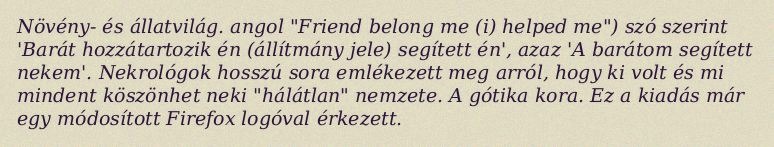
Növény- és állatvilág. angol "Friend belong me (i) helped me") szó szerint 'Barát hozzátartozik én (állítmány jele) segített én', azaz 'A barátom segített nekem'. Nekrológok hosszú sora emlékezett meg arról, hogy ki volt és mi mindent köszönhet neki "hálátlan" nemzete. A gótika kora. Ez a kiadás már egy módosított Firefox logóval érkezett.